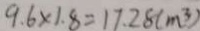
9 . 6 \times 1 . 8 = 1 7 . 2 8 ( m ^ { 3 } )